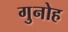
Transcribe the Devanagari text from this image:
गुनोह